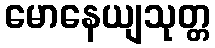
မောနေယျသုတ္တ